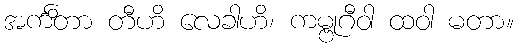
အင်္ကိတာ တီဟိ လေခါဟိ၊ ကမ္ဗုဂီဝါ ထဝါ မတာ။